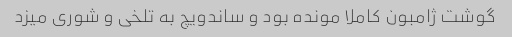
گوشت ژامبون کاملا مونده بود و ساندویچ به تلخی و شوری میزد